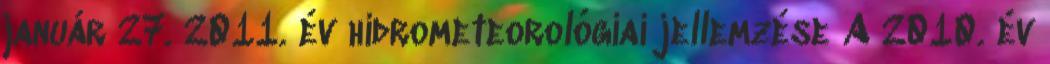
január 27. 2011. év hidrometeorológiai jellemzése A 2010. év